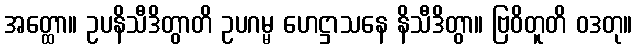
အတ္ထော။ ဥပနိသီဒိတွာတိ ဥပဂမ္မ ဟေဋ္ဌာသနေ နိသီဒိတွာ။ ဗြဝိတူတိ ဝဒတု။